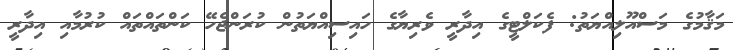
މަޤާމުގެ މަސްއޫލިއްޔަތު: ފެކަލްޓީގެ އިދާރީ ވެރިޔާގެ ހައިސިއްޔަތުން ކުރަންޖެހޭ ކަންތައްތައް ކުރުމާއި އިދާރީ